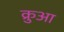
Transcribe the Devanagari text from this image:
क्रुआ